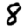
Digit: 8